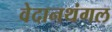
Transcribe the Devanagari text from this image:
वेदानथंगल